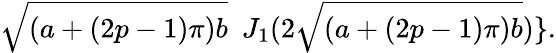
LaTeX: \sqrt{(a+(2p-1)\pi)b}\ \ J_{1}(2\sqrt{(a+(2p-1)\pi)b})\} .